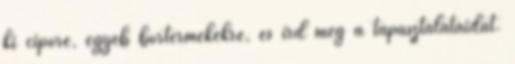
ki cipőre, egyéb bőrtermékekre, és írd meg a tapasztalataidat.